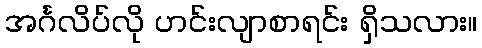
အင်္ဂလိပ်လို ဟင်းလျာစာရင်း ရှိသလား။